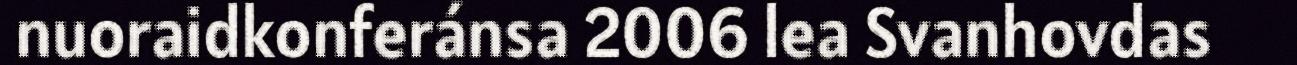
nuoraidkonferánsa 2006 lea Svanhovdas